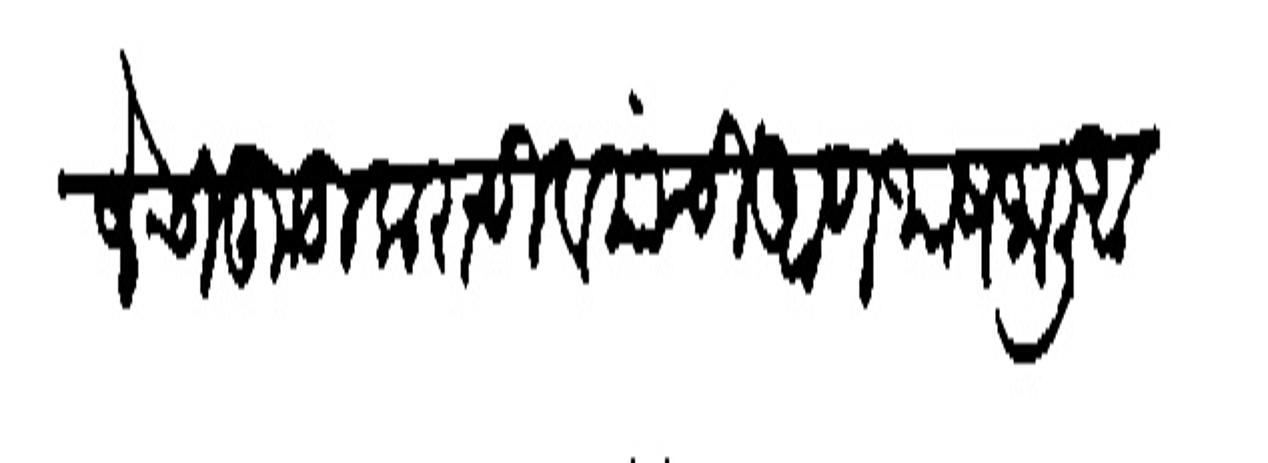
Transliteration (Devanagari): जे चिकुडीकराची व यांची आणभाष जाली आहे